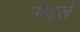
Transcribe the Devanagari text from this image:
गॉड्ले